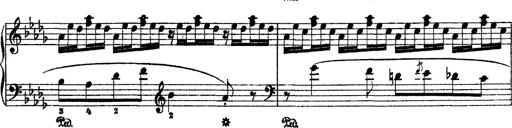
Title: 2 KonzertetÃ¼den
Composer: Franz Liszt